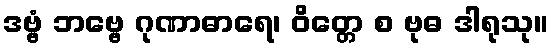
ဒဗ္ဗံ ဘဗ္ဗေ ဂုဏာဓာရေ၊ ဝိတ္တေ စ ဗုဓ ဒါရုသု။